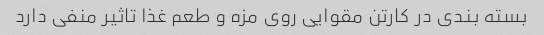
بسته بندی در کارتن مقوایی روی مزه و طعم غذا تاثیر منفی دارد